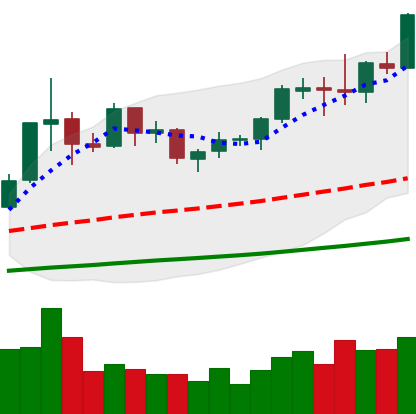
Ticker: ETC-USD
Chart end date: 2019-06-02
Forward return: -13.654%
Label: down_7plus